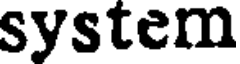
system